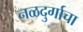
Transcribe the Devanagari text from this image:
नळदुर्गाचा